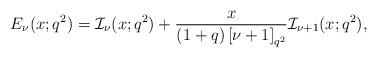
\begin{align*}E_\nu(x;q^2)=\mathcal{I}_\nu(x;q^2)+\frac{x}{(1+q)\left[\nu+1\right]_{q^2}}\mathcal{I}_{\nu+1}(x;q^2),\end{align*}